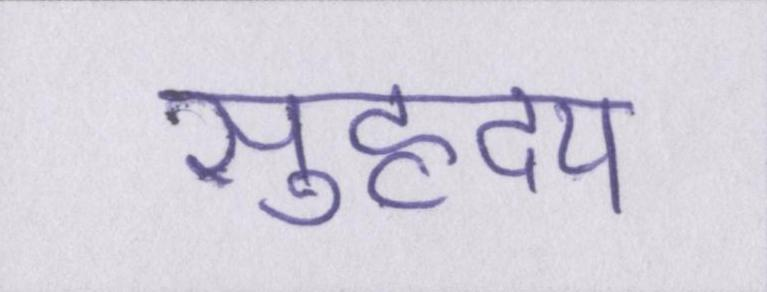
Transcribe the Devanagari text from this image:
सुहृदय